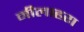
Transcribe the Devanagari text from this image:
नीलाहरा